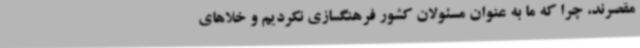
مقصرند، چرا که ما به عنوان مسئولان کشور فرهنگسازی نکردیم و خلاهای